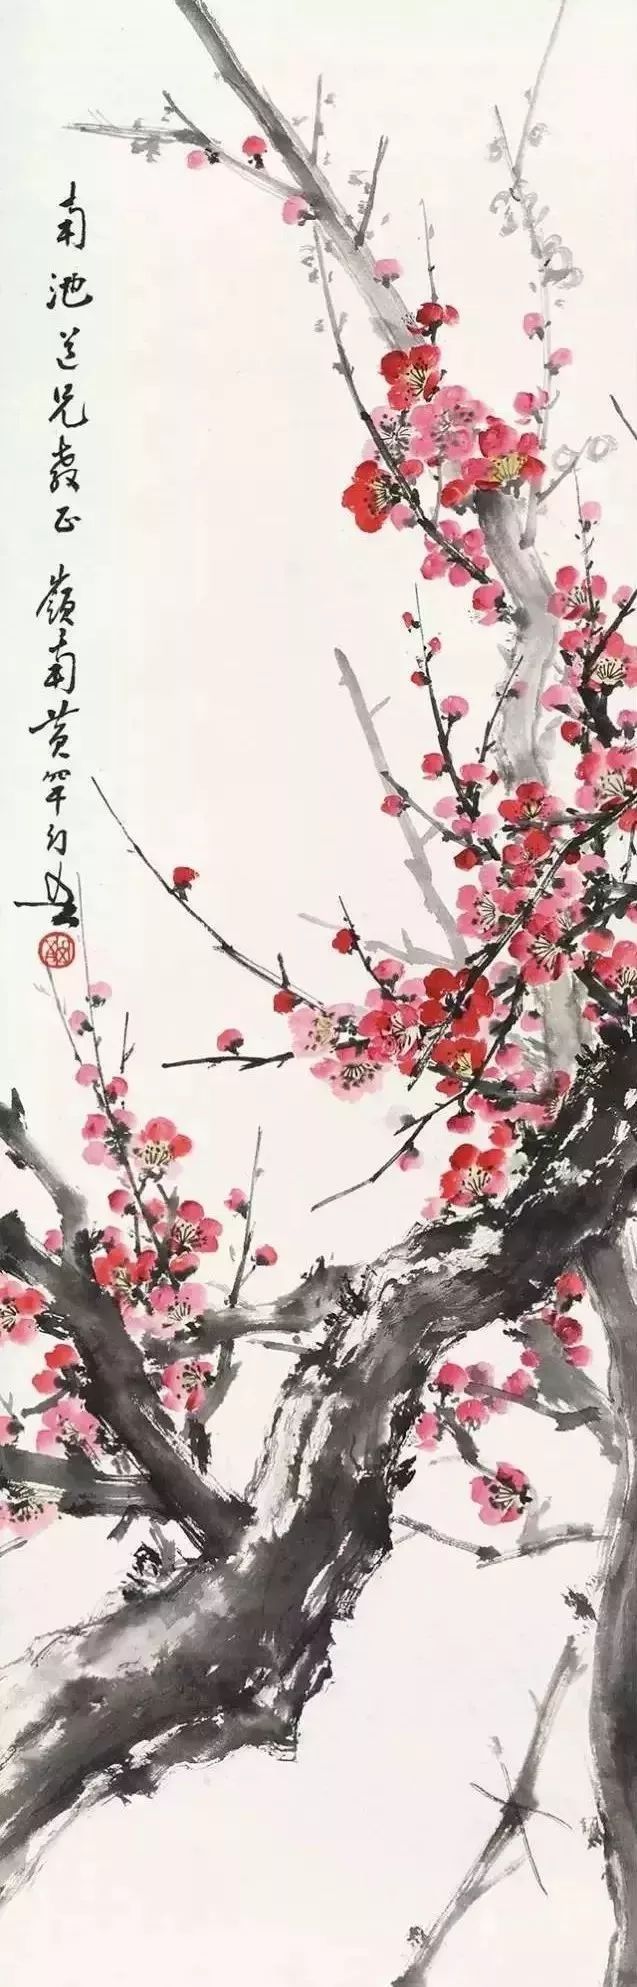
今岁早梅开，依旧年时月。